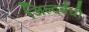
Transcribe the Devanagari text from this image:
जिल्दबँधी